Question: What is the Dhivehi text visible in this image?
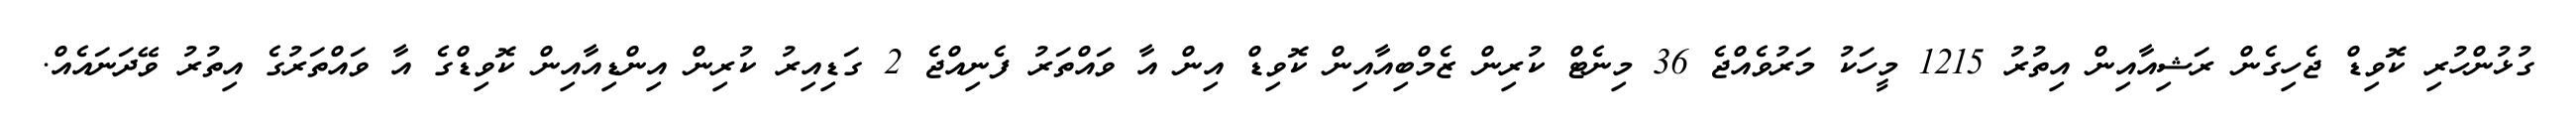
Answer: ގުޅުންހުރި ކޮވިޑް ޖެހިގެން ރަޝިއާއިން އިތުރު 1215 މީހަކު މަރުވެއްޖެ 36 މިނެޓް ކުރިން ޒެމްބިއާއިން ކޮވިޑް އިން އާ ވައްތަރު ފެނިއްޖެ 2 ގަޑިއިރު ކުރިން އިންޑިއާއިން ކޮވިޑްގެ އާ ވައްތަރުގެ އިތުރު ވޭދަނައެއް.